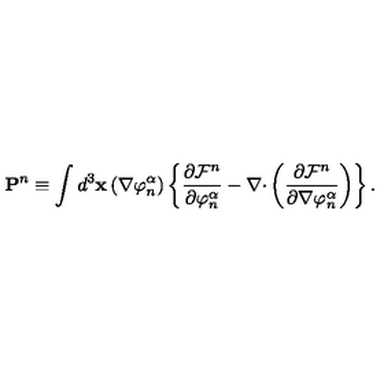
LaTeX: \mathbf { P } ^ { n } \equiv \int d ^ { 3 } \mathbf { x } \left( \nabla \varphi _ { n } ^ { \alpha } \right) \left\{ \frac { \partial \mathcal { F } ^ { n } } { \partial \varphi _ { n } ^ { \alpha } } - \nabla \mathbf { \cdot } \left( \frac { \partial \mathcal { F } ^ { n } } { \partial \nabla \varphi _ { n } ^ { \alpha } } \right) \right\} .